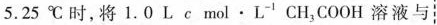
5. 25 ℃ 时，将 1 . 0 L c mol · L CH_{3}COOH 溶液与